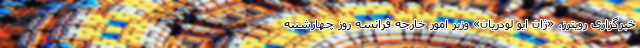
خبرگزاری رویترز، «ژان ایو لودریان» وزیر امور خارجه فرانسه روز چهارشنبه